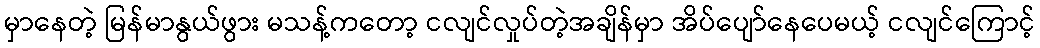
မှာနေတဲ့ မြန်မာနွယ်ဖွား မသန့်ကတော့ ငလျင်လှုပ်တဲ့အချိန်မှာ အိပ်ပျော်နေပေမယ့် ငလျင်ကြောင့်